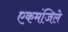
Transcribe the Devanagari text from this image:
एकमंजिले